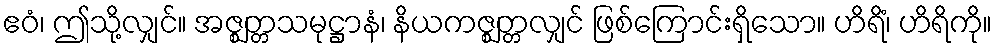
ဧဝံ၊ ဤသို့လျှင်။ အဇ္ဈတ္တသမုဋ္ဌာနံ၊ နိယကဇ္ဈတ္တလျှင် ဖြစ်ကြောင်းရှိသော။ ဟိရိံ၊ ဟိရိကို။